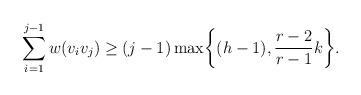
LaTeX: \begin{align*} \sum_{i=1}^{j-1} w(v_iv_j)\geq (j-1)\max\biggl\{(h-1),\frac{r-2}{r-1}k\biggr\}. \end{align*}